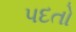
પદતો